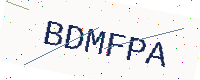
Text: BDMFPA